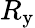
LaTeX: R_{\mathrm{y}}